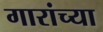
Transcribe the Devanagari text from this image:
गारांच्या